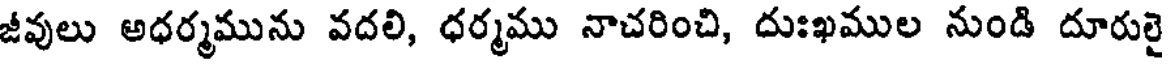
జీవులు అధర్మమును వదలి, ధర్మము నాచరించి, దుఃఖముల నుండి దూరులై